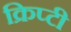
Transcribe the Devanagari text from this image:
क्रिप्टी